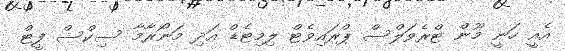
އެއީ ހަނީ މޫން ޓްރެވަލްސް ޕްރައިވެޓް ލިމިޓެޑް އަދި މަނޯރާމާ ސިކްސް ފީޓް